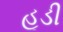
હૂડી